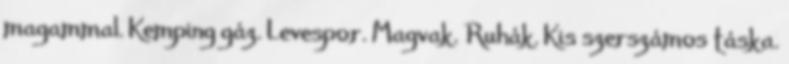
magammal. Kemping gáz. Levespor. Magvak. Ruhák. Kis szerszámos táska.